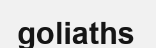
goliaths